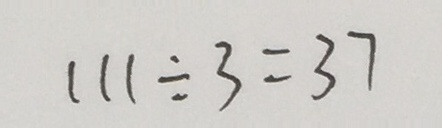
1 1 1 \div 3 = 3 7